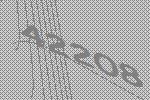
42208